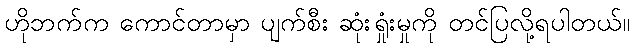
ဟိုဘက်က ကောင်တာမှာ ပျက်စီး ဆုံးရှုံးမှုကို တင်ပြလို့ရပါတယ်။